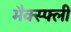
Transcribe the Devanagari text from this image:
मैक्स्फ्ली